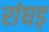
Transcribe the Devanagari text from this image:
रांघड़